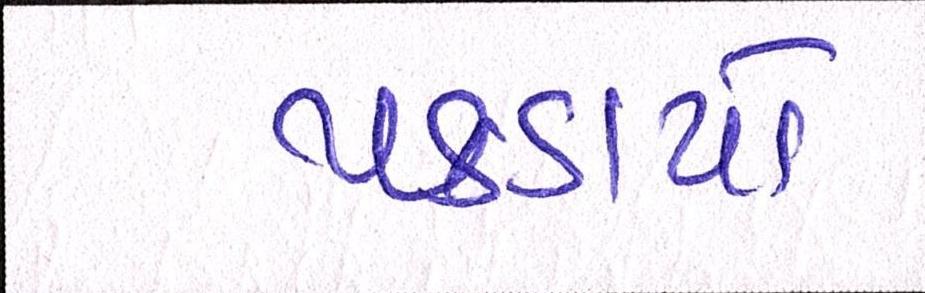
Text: પકડાયો